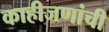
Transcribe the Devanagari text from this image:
काहीजणांची